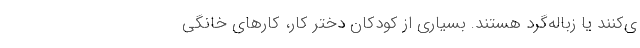
ی‌کنند یا زباله‌‌گرد هستند. بسیاری از کودکان دختر کار، کارهای خانگی